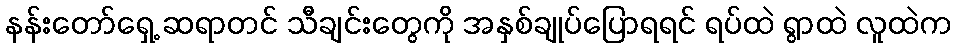
နန်းတော်ရှေ့ ဆရာတင် သီချင်းတွေကို အနှစ်ချုပ်ပြောရရင် ရပ်ထဲ ရွာထဲ လူထဲက